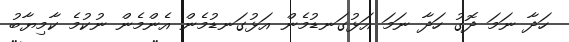
ހަދާ ނަމަ ދޮގު ހަދާ ނަމަ އަޅުގަނޑުމެން އަޅުގަނޑުމެން އެންމެން ނުކުމެ ކާމިޔާބު